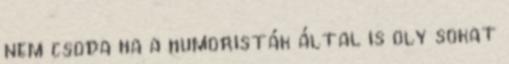
nem csoda ha a humoristák által is oly sokat